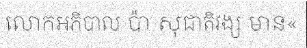
លោកអភិបាល ប៉ា សុជាតិវង្ស មាន«